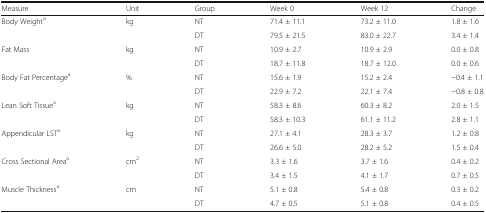
<table><thead><tr><td><b>Measure</b></td><td><b>Unit</b></td><td><b>Group</b></td><td><b>Week 0</b></td><td><b>Week 12</b></td><td><b>Change</b></td></tr></thead><tbody><tr><td rowspan="2">Body Weight<sup>a</sup></td><td rowspan="2">kg</td><td>NT</td><td>71.4 ± 11.1</td><td>73.2 ± 11.0</td><td>1.8 ± 1.6</td></tr><tr><td>DT</td><td>79.5 ± 21.5</td><td>83.0 ± 22.7</td><td>3.4 ± 1.4</td></tr><tr><td rowspan="2">Fat Mass</td><td rowspan="2">kg</td><td>NT</td><td>10.9 ± 2.7</td><td>10.9 ± 2.9</td><td>0.0 ± 0.8</td></tr><tr><td>DT</td><td>18.7 ± 11.8</td><td>18.7 ± 12.0</td><td>0.0 ± 0.6</td></tr><tr><td rowspan="2">Body Fat Percentage<sup>a</sup></td><td rowspan="2">%</td><td>NT</td><td>15.6 ± 1.9</td><td>15.2 ± 2.4</td><td>−0.4 ± 1.1</td></tr><tr><td>DT</td><td>22.9 ± 7.2</td><td>22.1 ± 7.4</td><td>−0.8 ± 0.8</td></tr><tr><td rowspan="2">Lean Soft Tissue<sup>a</sup></td><td rowspan="2">kg</td><td>NT</td><td>58.3 ± 8.6</td><td>60.3 ± 8.2</td><td>2.0 ± 1.5</td></tr><tr><td>DT</td><td>58.3 ± 10.3</td><td>61.1 ± 11.2</td><td>2.8 ± 1.1</td></tr><tr><td rowspan="2">Appendicular LST<sup>a</sup></td><td rowspan="2">kg</td><td>NT</td><td>27.1 ± 4.1</td><td>28.3 ± 3.7</td><td>1.2 ± 0.8</td></tr><tr><td>DT</td><td>26.6 ± 5.0</td><td>28.2 ± 5.2</td><td>1.5 ± 0.4</td></tr><tr><td rowspan="2">Cross Sectional Area<sup>a</sup></td><td rowspan="2">cm<sup>2</sup></td><td>NT</td><td>3.3 ± 1.6</td><td>3.7 ± 1.6</td><td>0.4 ± 0.2</td></tr><tr><td>DT</td><td>3.4 ± 1.5</td><td>4.1 ± 1.7</td><td>0.7 ± 0.5</td></tr><tr><td rowspan="2">Muscle Thickness<sup>a</sup></td><td rowspan="2">cm</td><td>NT</td><td>5.1 ± 0.8</td><td>5.4 ± 0.8</td><td>0.3 ± 0.2</td></tr><tr><td>DT</td><td>4.7 ± 0.5</td><td>5.1 ± 0.8</td><td>0.4 ± 0.5</td></tr></tbody></table>